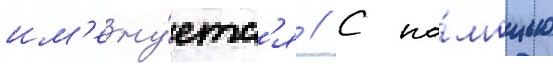
им'ену́етс'я // С по́мощью